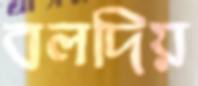
বলদিয়